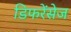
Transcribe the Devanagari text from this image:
डिफरेंसेज